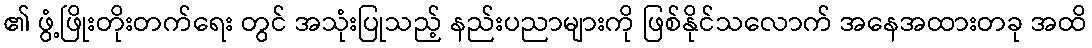
၏ ဖွံ့ဖြိုးတိုးတက်ရေး တွင် အသုံးပြုသည့် နည်းပညာများကို ဖြစ်နိုင်သလောက် အနေအထားတခု အထိ